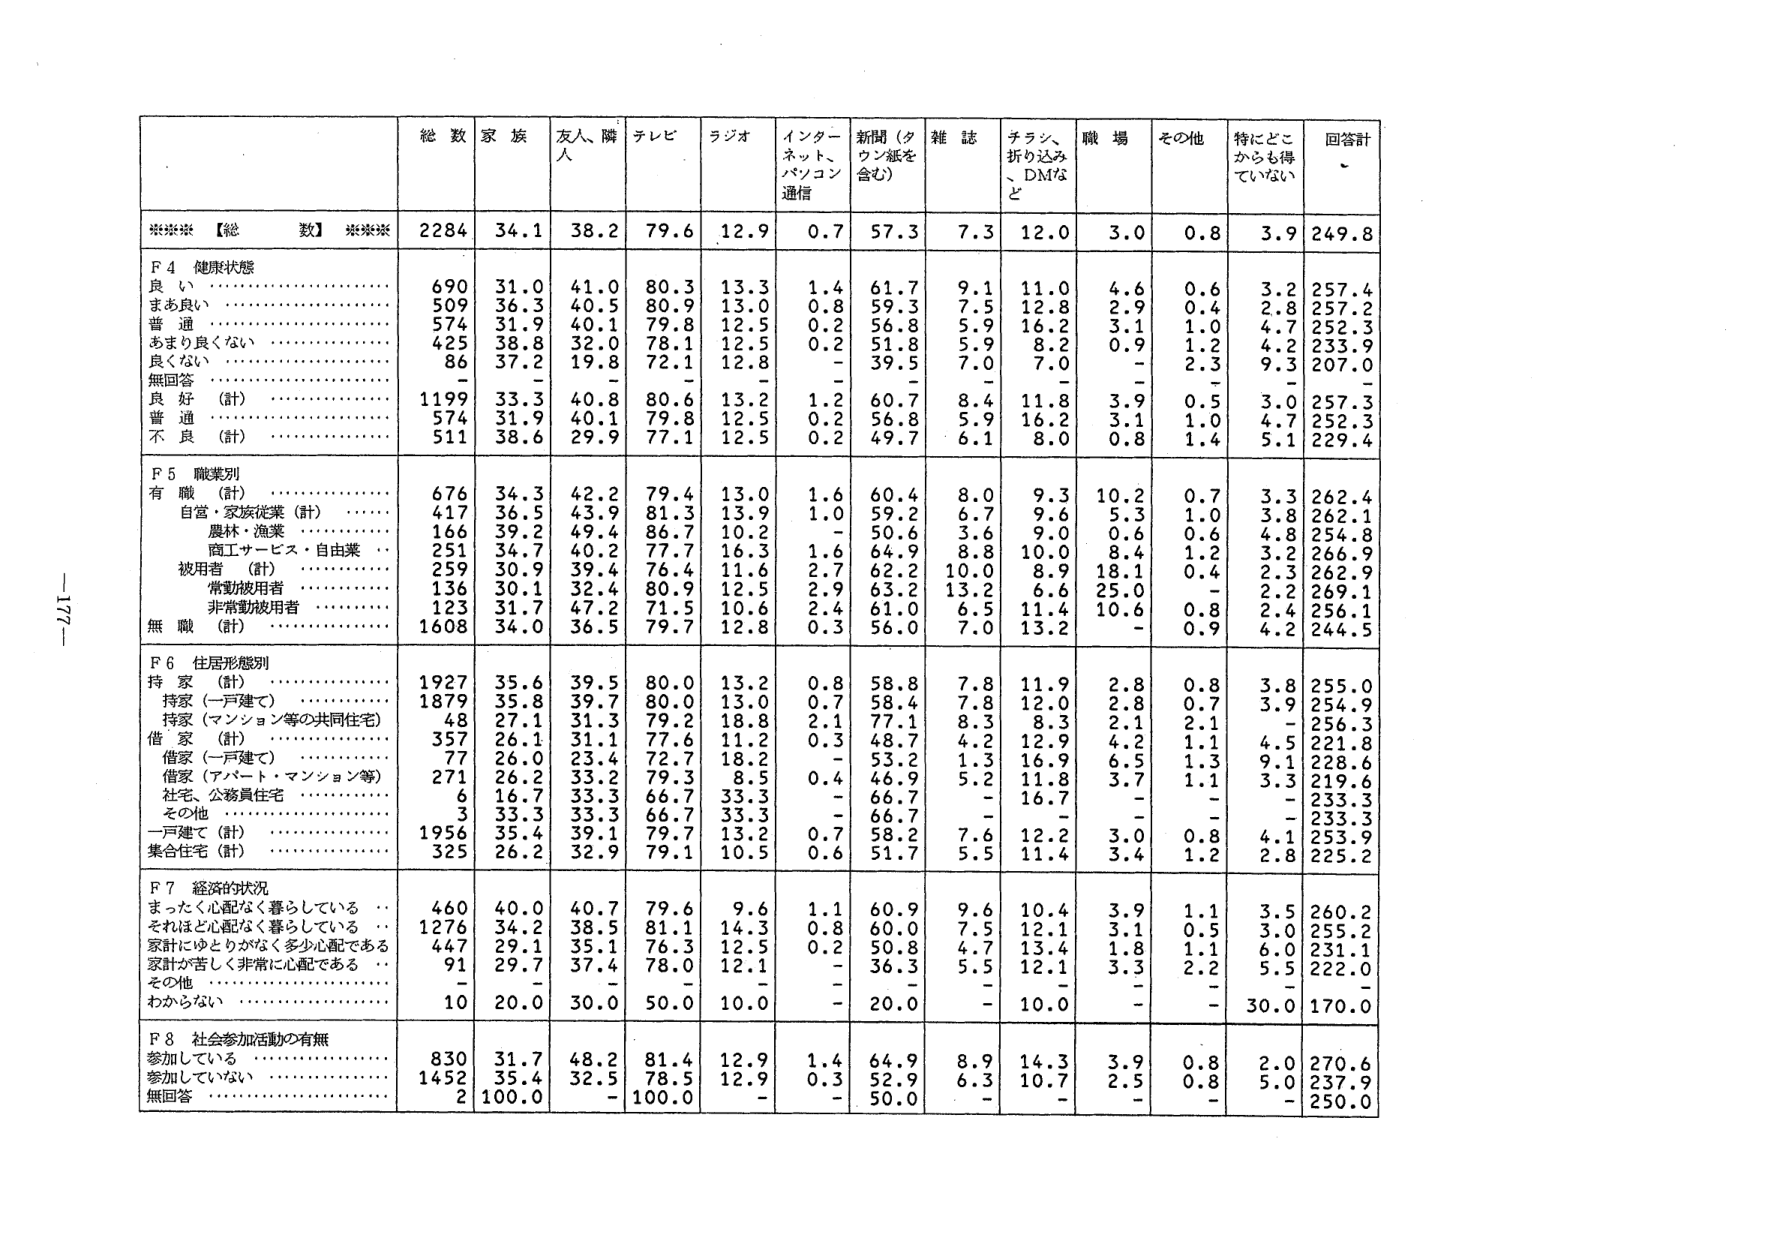
総数 家族 友人、隣人 テレビ ラジオ インターネット、パソコン通信 新聞（夕刊紙を含む） 雑誌 チラシ、折り込み、DMなど 職場 その他 特にどこからも得ていない 回答計

****【総数】**** 2284 34.1 38.2 79.6 12.9 0.7 57.3 7.3 12.0 3.0 0.8 3.9 249.8

F4 健康状態
良い 690 31.0 41.0 80.3 13.3 1.4 61.7 9.1 11.0 4.6 0.6 3.2 257.4
まあ良い 509 36.3 40.5 80.9 13.0 0.8 59.3 7.5 12.8 2.9 0.4 2.8 257.2
普通 574 31.9 40.1 79.8 12.5 0.2 56.8 5.9 16.2 3.1 1.0 4.7 252.3
あまり良くない 425 38.8 32.0 78.1 12.5 0.2 51.8 5.9 8.2 0.9 1.2 4.2 233.9
良くない 86 37.2 19.8 72.1 12.8 - 39.5 7.0 7.0 - 2.3 9.3 207.0
無回答 - - - - - - - - - - - - -
良好（計） 1199 33.3 40.8 80.6 13.2 1.2 60.7 8.4 11.8 3.9 0.5 3.0 257.3
普通 574 31.9 40.1 79.8 12.5 0.2 56.8 5.9 16.2 3.1 1.0 4.7 252.3
不良（計） 511 38.6 29.9 77.1 12.5 0.2 49.7 6.1 8.0 0.8 1.4 5.1 229.4

F5 職業別
有職（計） 676 34.3 42.2 79.4 13.0 1.6 60.4 8.0 9.3 10.2 0.7 3.3 262.4
自営・家族従業（計） 417 36.5 43.9 81.3 13.9 1.0 59.2 6.7 9.6 5.3 1.0 3.8 262.1
農林・漁業 166 39.2 49.4 86.7 10.2 - 50.6 3.6 9.0 0.6 0.6 4.8 254.8
商工サービス・自由業 251 34.7 40.2 77.7 16.3 1.6 64.9 8.8 10.0 8.4 1.2 3.2 266.9
被用者（計） 259 30.9 39.4 76.4 11.6 2.7 62.2 10.0 8.9 18.1 0.4 2.3 262.9
常勤被用者 136 30.1 32.4 80.9 12.5 2.9 63.2 13.2 6.6 25.0 - 2.2 269.1
非常勤被用者 123 31.7 47.2 71.5 10.6 2.4 61.0 6.5 11.4 10.6 0.8 2.4 256.1
無職（計） 1608 34.0 36.5 79.7 12.8 0.3 56.0 7.0 13.2 - 0.9 4.2 244.5

F6 住居形態別
持家（計） 1927 35.6 39.5 80.0 13.2 0.8 58.8 7.8 11.9 2.8 0.8 3.8 255.0
持家（一戸建て） 1879 35.8 39.7 80.0 13.0 0.7 58.4 7.8 12.0 2.8 0.7 3.9 254.9
持家（マンション等の共同住宅） 48 27.1 31.3 79.2 18.8 2.1 77.1 8.3 8.3 2.1 2.1 - 256.3
借家（計） 357 26.1 31.1 77.6 11.2 0.3 48.7 4.2 12.9 4.2 1.1 4.5 221.8
借家（一戸建て） 77 26.0 23.4 72.7 18.2 - 53.2 1.3 16.9 6.5 1.3 9.1 228.6
借家（アパート・マンション等） 271 26.2 33.2 79.3 8.5 0.4 46.9 5.2 11.8 3.7 1.1 3.3 219.6
社宅、公務員住宅 6 16.7 33.3 66.7 33.3 - 66.7 - 16.7 - - - 233.3
その他 3 33.3 33.3 66.7 33.3 - 66.7 - - - - - 233.3
一戸建て（計） 1956 35.4 39.1 79.7 13.2 0.7 58.2 7.6 12.2 3.0 0.8 4.1 253.9
集合住宅（計） 325 26.2 32.9 79.1 10.5 0.6 51.7 5.5 11.4 3.4 1.2 2.8 225.2

F7 経済的状況
まったく心配なく暮らしている 460 40.0 40.7 79.6 9.6 1.1 60.9 9.6 10.4 3.9 1.1 3.5 260.2
それほど心配なく暮らしている 1276 34.2 38.5 81.1 14.3 0.8 60.0 7.5 12.1 3.1 0.5 3.0 255.2
家計にゆとりがなく多少心配である 447 29.1 35.1 76.3 12.5 0.2 50.8 4.7 13.4 1.8 1.1 6.0 231.1
家計が苦しく非常に心配である 91 29.7 37.4 78.0 12.1 - 36.3 5.5 12.1 3.3 2.2 5.5 222.0
その他 - - - - - - - - - - - - -
わからない 10 20.0 30.0 50.0 10.0 - 20.0 - 10.0 - - 30.0 170.0

F8 社会参加活動の有無
参加している 830 31.7 48.2 81.4 12.9 1.4 64.9 8.9 14.3 3.9 0.8 2.0 270.6
参加していない 1452 35.4 32.5 78.5 12.9 0.3 52.9 6.3 10.7 2.5 0.8 5.0 237.9
無回答 2 100.0 - 100.0 - - 50.0 - - - - - 250.0

-177-